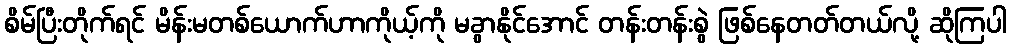
စိမ်ပြီးတိုက်ရင် မိန်းမတစ်ယောက်ဟာကိုယ့်ကို မခွာနိုင်အောင် တန်းတန်းစွဲ ဖြစ်နေတတ်တယ်လို့ ဆိုကြပါ